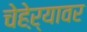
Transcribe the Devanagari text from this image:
चेहेऱ्यावर